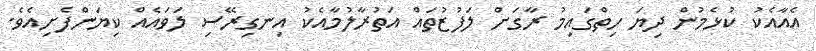
އެއާއެކު ކުޅެމުން ދިޔަ ހިތްގައިމު ރާގަށް ލަފުޒުތައް އަތުރާލުމާއެކު އިނގިރޭސި ލަވައެއް ކިޔަންފެށިއެވެ.